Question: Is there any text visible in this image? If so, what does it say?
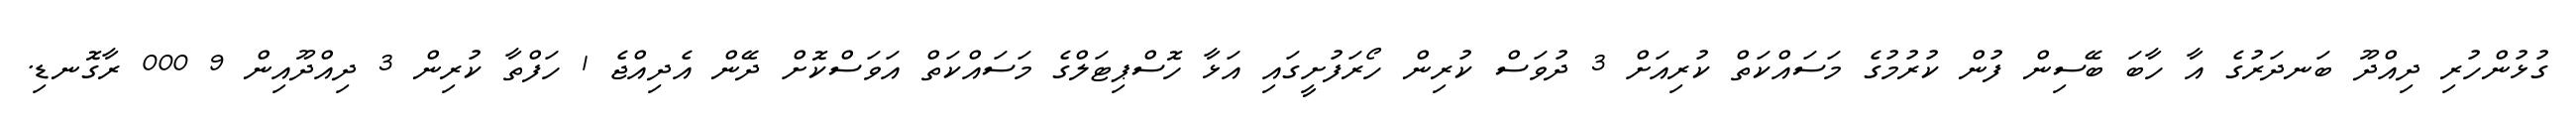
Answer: ގުޅުންހުރި ދިއްދޫ ބަނދަރުގެ އާ ހާބަ ބޭސިން ފުން ކުރުމުގެ މަސައްކަތް ކުރިއަށް 3 ދުވަސް ކުރިން ހޯރަފުށީގައި އަޅާ ހޮސްޕިޓަލްގެ މަސައްކަތް އަވަސްކޮށް ދޭން އެދިއްޖެ 1 ހަފްތާ ކުރިން 3 ދިއްދޫއިން 9 000 ރާގޮނޑި.